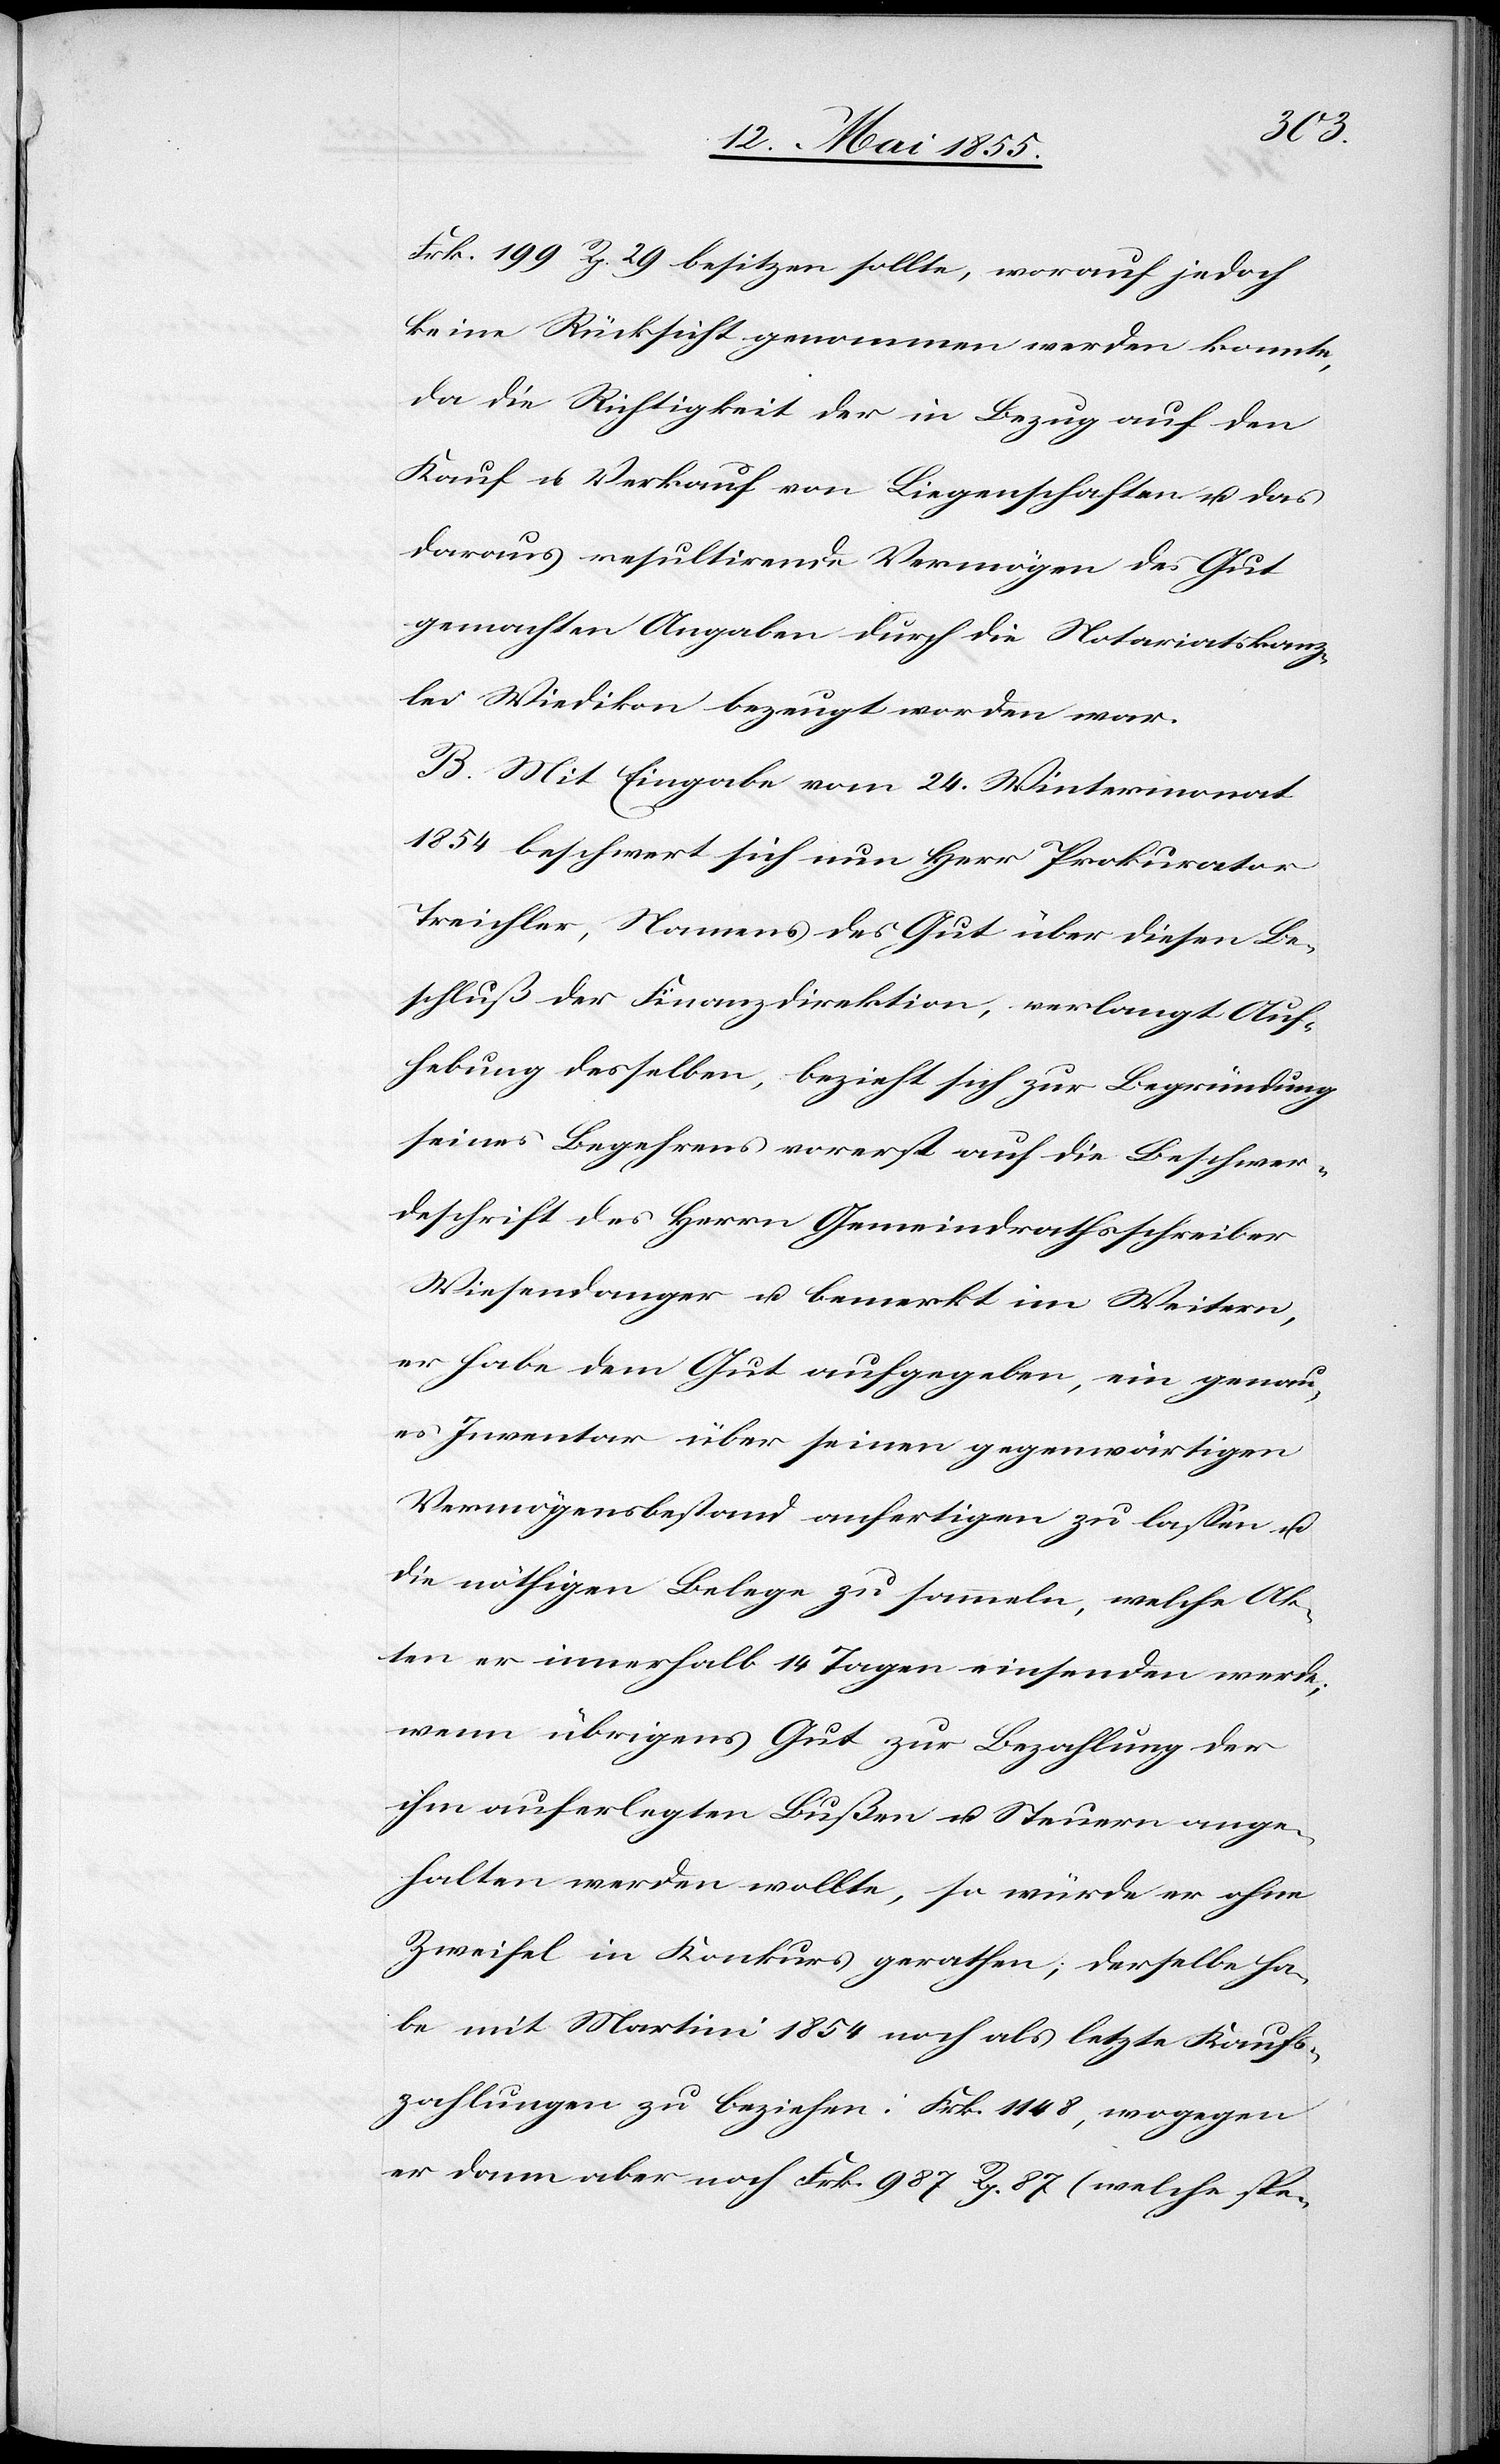
Frk. 199 Rp. 29 besitzen sollte, worauf jedoch
keine Rücksicht genommen werden konnte,
da die Richtigkeit der in Bezug auf den
Kauf u. Verkauf von Liegenschaften u. das
daraus resultirende Vermögen des Gut
gemachten Angaben durch die Notariatskanz¬
lei Wiedikon bezeugt worden war.
B. Mit Eingabe vom 24. Wintermonat
1854 beschwert sich nun Herr Prokurator
Treichler, Namens des Gut über diesen Be¬
schluß der Finanzdirektion, verlangt Auf¬
hebung desselben, bezieht sich zur Begründung
seines Begehrens vorerst auf die Beschwer¬
deschrift des Herrn Gemeindrathsschreiber
Wiesendanger u. bemerkt im Weitern,
er habe dem Gut aufgegeben, ein genau¬
es Inventar über seinen gegenwärtigen
Vermögensbestand anfertigen zu lassen u.
die nöthigen Belege zu sammeln, welche Ak¬
ten er innerhalb 14 Tagen einsenden werde;
wenn übrigens Gut zur Bezahlung der
ihm auferlegten Bußen u. Steuern ange¬
halten werden wollte, so würde er ohne
Zweifel in Konkurs gerathen; derselbe ha¬
be mit Martini 1854 noch als letzte Kaufs¬
zahlungen zu beziehen: Frk. 1148, wogegen
er dann aber noch Frk. 987 Rp. 87 (welche spe-